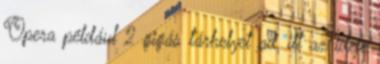
Opera például 2 gigás tárhelyet ad, itt az ideje